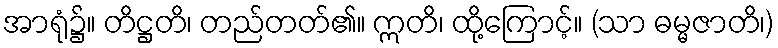
အာရုံ၌။ တိဋ္ဌတိ၊ တည်တတ်၏။ ဣတိ၊ ထို့ကြောင့်။ (သာ ဓမ္မဇာတိ၊)